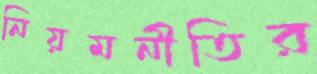
নিয়মনীতির